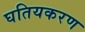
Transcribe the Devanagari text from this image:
घतियकरण